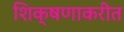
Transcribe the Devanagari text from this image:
शिक्षणाकरीत